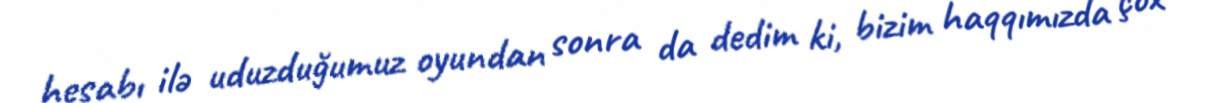
hesabı ilə uduzduğumuz oyundan sonra da dedim ki, bizim haqqımızda çox